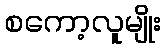
စကော့လူမျိုး